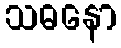
သဓနော